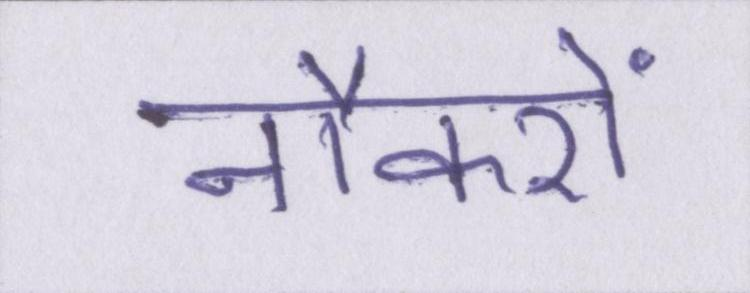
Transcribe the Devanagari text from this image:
नौकरों